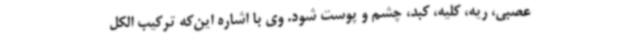
عصبی، ریه، کلیه، کبد، چشم و پوست شود. وی با اشاره این‌که ترکیب الکل